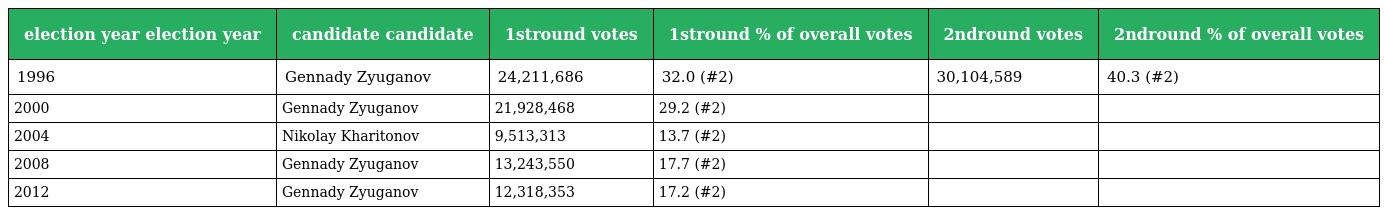
| election year election year | candidate candidate | 1stround votes | 1stround % of overall votes | 2ndround votes | 2ndround % of overall votes |
 | --- | --- | --- | --- | --- | --- |
 | 1996 | Gennady Zyuganov | 24,211,686 | 32.0 (#2) | 30,104,589 | 40.3 (#2) |
 | 2000 | Gennady Zyuganov | 21,928,468 | 29.2 (#2) |  |  |
 | 2004 | Nikolay Kharitonov | 9,513,313 | 13.7 (#2) |  |  |
 | 2008 | Gennady Zyuganov | 13,243,550 | 17.7 (#2) |  |  |
 | 2012 | Gennady Zyuganov | 12,318,353 | 17.2 (#2) |  |  |